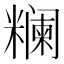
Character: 𬖺